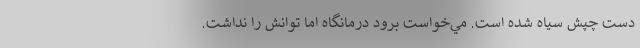
دست چپش سياه شده است. مي‌خواست برود درمانگاه اما توانش را نداشت.